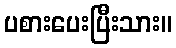
ပစားပေးပြီးသား။